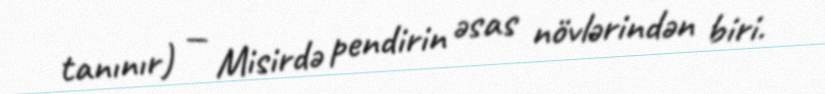
tanınır) — Misirdə pendirin əsas növlərindən biri.